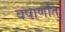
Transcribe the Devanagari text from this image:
वषार्णांतु